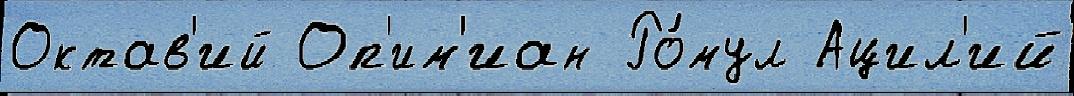
Октав'ий Оп'им'иан Ро́мул Ацил'ий